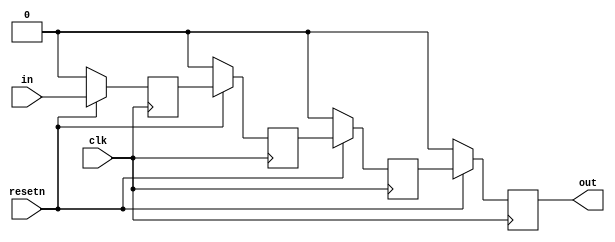
module top_module (
    input clk,
    input resetn,   // synchronous reset
    input in,
    output out);
    
    reg temp1, temp2, temp3;
    
    always @ (posedge clk)
        begin
            if(!resetn) 
                begin
                   temp1 <= 1'b0;
                    temp2 <= 1'b0;
                    temp3 <= 1'b0;
                    out <= 1'b0;
                end
            else
                begin
                   temp1 <= in;
                    temp2 <= temp1;
                    temp3 <= temp2;
                    out <= temp3;
                end
        end

endmodule